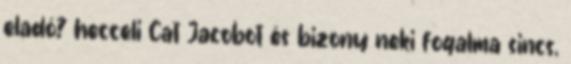
eladó? hecceli Cat Jacobot és bizony neki fogalma sincs,